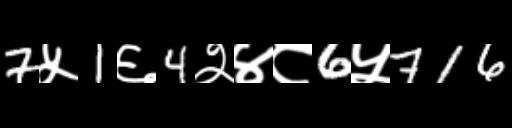
Text: 7५1६4२४८6५716